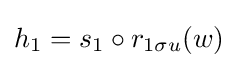
h_{1}=s_{1}\circ r_{1\sigma u}(w)